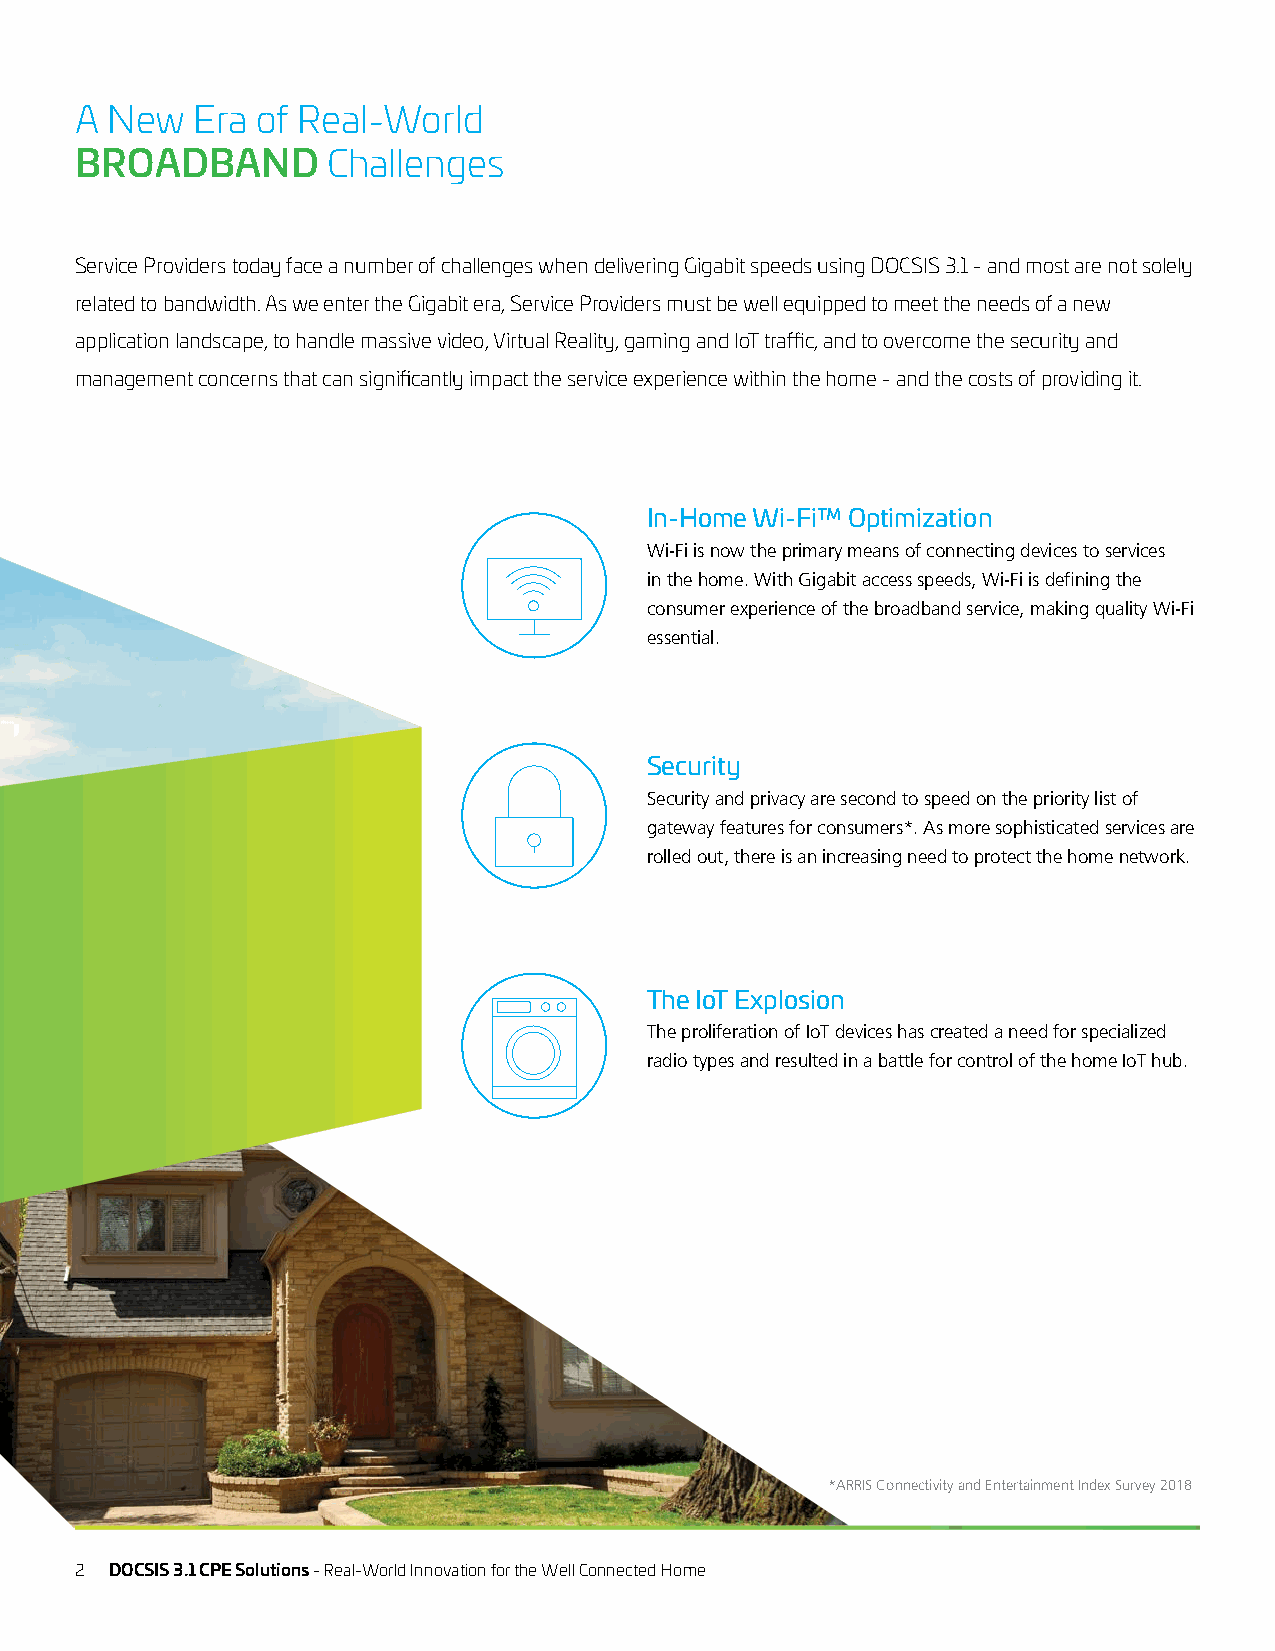
A New   Era of Real-World
 BROADBAND        Challenges
 Service Providers today face a number of challenges when delivering Gigabit speeds using DOCSIS 3.1 - and most are not solely
 related to bandwidth. As we enter the Gigabit era, Service Providers must be well equipped to meet the needs of a new
 application landscape, to handle massive video, Virtual Reality, gaming and IoT traffic, and to overcome the security and
 management concerns that can significantly impact the service experience within the home - and the costs of providing it.
 In-Home Wi-Fi™ Optimization
 Wi-Fi is now the primary means of connecting devices to services
 in the home. With Gigabit access speeds, Wi-Fi is defining the
 consumer experience of the broadband service, making quality Wi-Fi
 essential.
 Security
 Security and privacy are second to speed on the priority list of
 gateway features for consumers*. As more sophisticated services are
 rolled out, there is an increasing need to protect the home network.
 The IoT Explosion
 The proliferation of IoT devices has created a need for specialized
 radio types and resulted in a battle for control of the home IoT hub.
 *ARRIS Connectivity and Entertainment Index Survey 2018
 2 DOCSIS 3.1 CPE Solutions - Real-World Innovation for the Well Connected Home